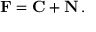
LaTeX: \mathbf { F } = \mathbf { C } + \mathbf { N } \, .